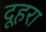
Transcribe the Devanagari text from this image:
दूहरा